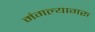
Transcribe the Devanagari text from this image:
मंगल्यागरु